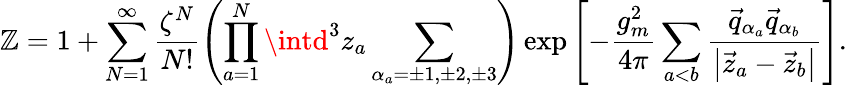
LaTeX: {\cal\mathbb{Z}}=1+\sum_{N=1}^{\infty}\frac{{\zeta^{N}}}{{N!}}\left(\prod_{a=1}^{N}\intd^{3}z_{a}\sum_{\alpha_{a}=\pm1,\pm2,\pm3}^{}\right)\exp\left[-\frac{{g_{m}^{2}}}{{4\pi}}\sum_{a<b}^{}\frac{{\vec{{q}}_{\alpha_{a}}\vec{{q}}_{\alpha_{b}}}}{{\left|\vec{{z}}_{a}-\vec{{z}}_{b}\right|}}\right].